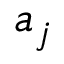
a _ { j }